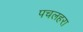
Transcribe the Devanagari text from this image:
पचलहरा